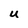
Character: U